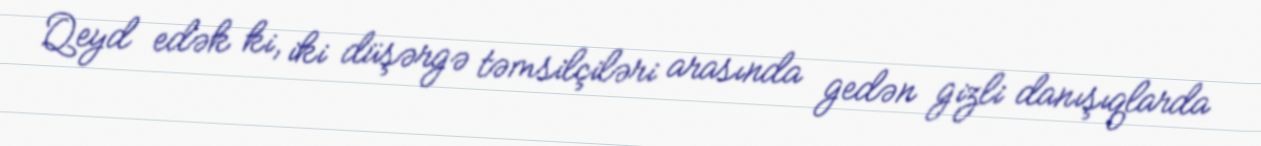
Qeyd edək ki, iki düşərgə təmsilçiləri arasında gedən gizli danışıqlarda